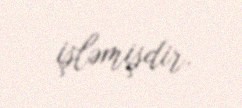
işləmişdir.